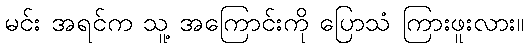
မင်း အရင်က သူ့ အကြောင်းကို ပြောသံ ကြားဖူးလား။